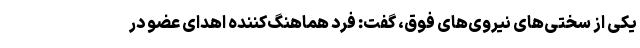
یکی از سختی‌های نیروی‌های فوق، ‌گفت:‌ فرد هماهنگ‌کننده اهدای عضو در